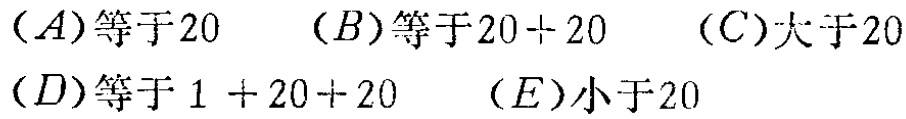
$(A)\text{等于}20\quad (B)\text{等于}20 + 20\quad (C)\text{大于}20 \\

(D)\text{等于}1 + 20+ 20\quad (E)\text{小于}20$